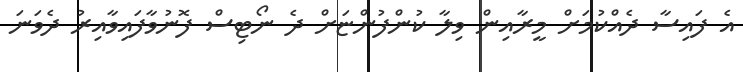
އެ ފައިސާ ދެއްކުމަށް މީރާއިން ވިލާ ކުންފުންޏަށް ދެ ނޯޓިސް ފޮނުވާފައިވާއިރު ދެވަނަ